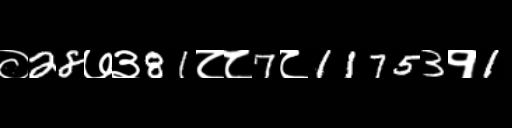
Text: ०28७३81८८7८11753१1